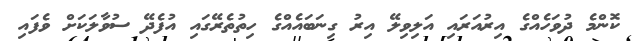
ކޮންމެ ދުވަހެއްގެ އިރުއަރައި އަލިވިލޭ އިރު ގިނަބައެއްގެ ހިތުތެރޭގައި އުފެދޭ ސުވާލަކަށް ވެފައި